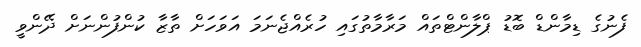
ފެނުގެ ޑިމާންޑް ބޮޑު ޕްލާންޓްތައް މަރާމާތުގައި ހުރެއްޖެނަމަ އަވަހަށް ތާޒާ ކުންފުންނަށް ދޭންވީ